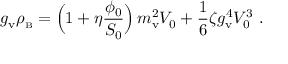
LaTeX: g _ { \mathrm { v } } \rho _ { \scriptscriptstyle \mathrm { B } } = \Bigl ( 1 + \eta { \frac { \phi _ { 0 } } { S _ { 0 } } } \Bigr ) \, m _ { \mathrm { v } } ^ { 2 } V _ { 0 } + { \frac { 1 } { 6 } } \zeta g _ { \mathrm { v } } ^ { 4 } V _ { 0 } ^ { 3 } \ .